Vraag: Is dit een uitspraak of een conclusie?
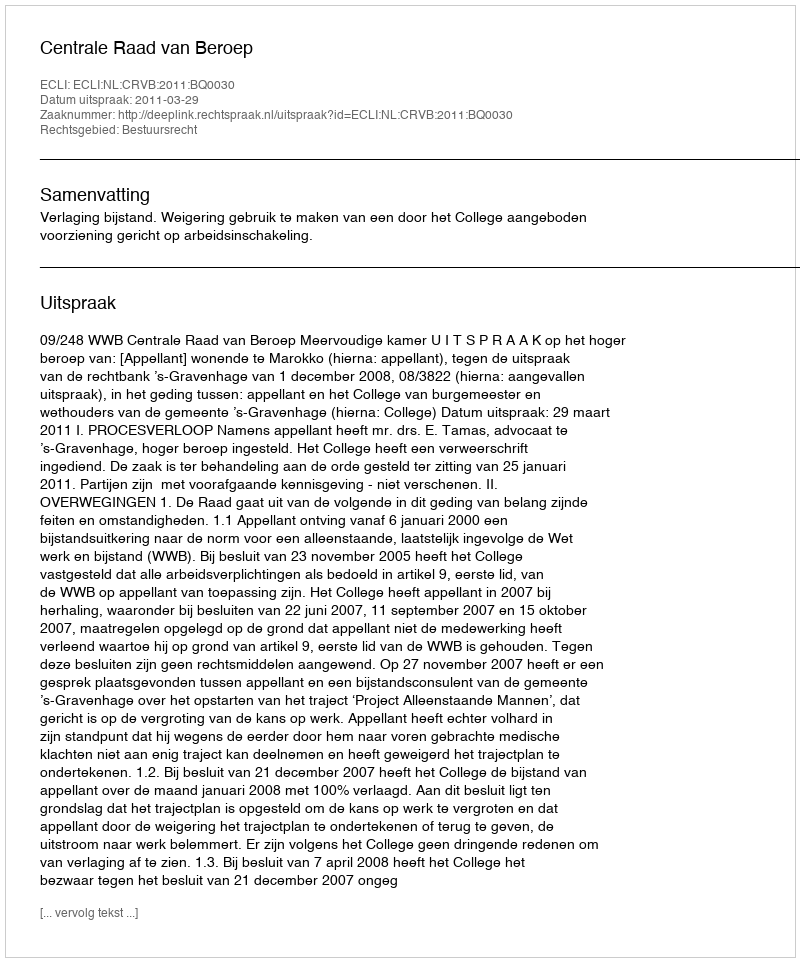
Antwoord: Uitspraak